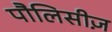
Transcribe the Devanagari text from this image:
पौलिसीज़